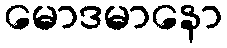
မောဒမာနော